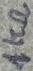
Text: 1KΩ